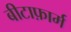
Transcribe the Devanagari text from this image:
बीटाफ़ार्म